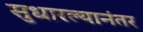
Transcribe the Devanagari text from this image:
सुधारल्यानंतर